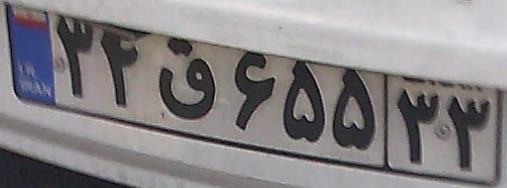
۳۴ق۶۵۵۳۳